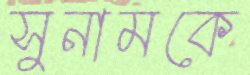
সুনামকে